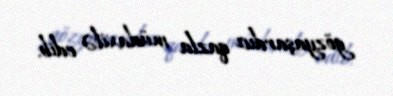
gözyaşardıcı qazla müdaxilə edib.